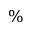
\%